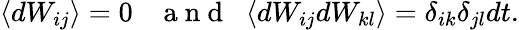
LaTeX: \langle dW_{ij}\rangle=0\; \; \; \mathrm{~a~n~d~}\; \; \langle dW_{ij}dW_{kl}\rangle=\delta_{ik}\delta_{jl}dt.